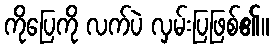
ကိုပြေကို လက်ပဲ လှမ်းပြဖြစ်၏။